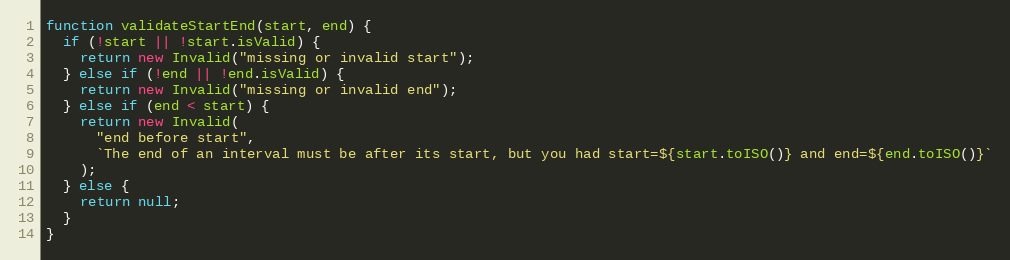
Language: JavaScript
function validateStartEnd(start, end) {
  if (!start || !start.isValid) {
    return new Invalid("missing or invalid start");
  } else if (!end || !end.isValid) {
    return new Invalid("missing or invalid end");
  } else if (end < start) {
    return new Invalid(
      "end before start",
      `The end of an interval must be after its start, but you had start=${start.toISO()} and end=${end.toISO()}`
    );
  } else {
    return null;
  }
}